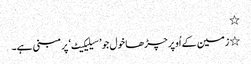
٭
٭ زمین کے اُوپر چڑھا خول جو ’سیلیکیٹ‘ پر مبنی ہے۔